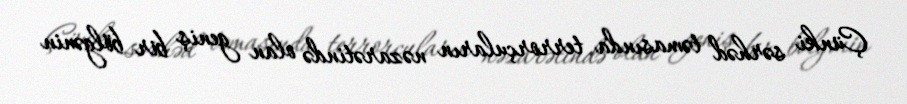
Çünki sərhəd təmasında terrorçuların nəzarətində olan geniş bir bölgənin